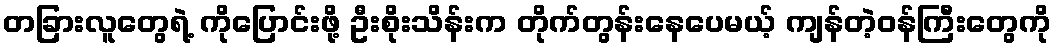
တခြားလူတွေရဲ့ ကိုပြောင်းဖို့ ဦးစိုးသိန်းက တိုက်တွန်းနေပေမယ့် ကျန်တဲ့ဝန်ကြီးတွေကို